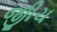
જીીચ